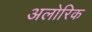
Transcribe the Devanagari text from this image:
अलोरिक